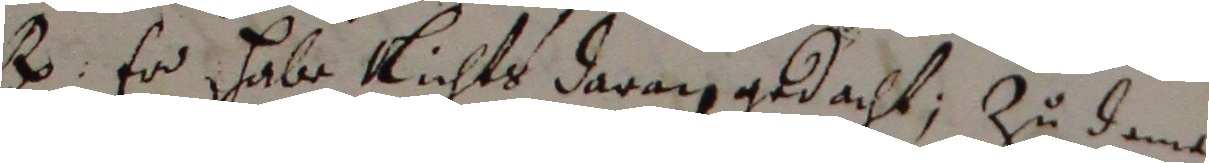
B. Er habe nichts daran gedacht; zu deme